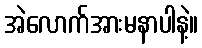
အဲလောက်အားမနာပါနဲ့။